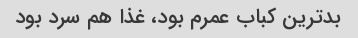
بدترین کباب عمرم بود، غذا هم سرد بود